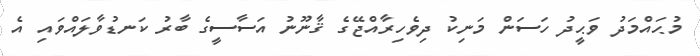
މުޙައްމަދު ވަޙީދު ހަސަން މަނިކު ދިވެހިރާއްޖޭގެ ޤާނޫނު އަސާސީގެ ބާރު ކަނޑުވާލައްވައި އެ